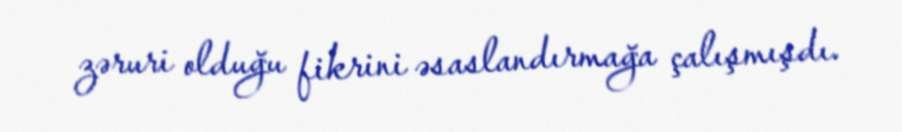
zəruri olduğu fikrini əsaslandırmağa çalışmışdı.